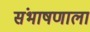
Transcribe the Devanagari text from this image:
संभाषणाला